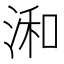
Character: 𣷓